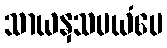
သာယနှသမယံပေ